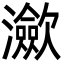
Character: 㶑